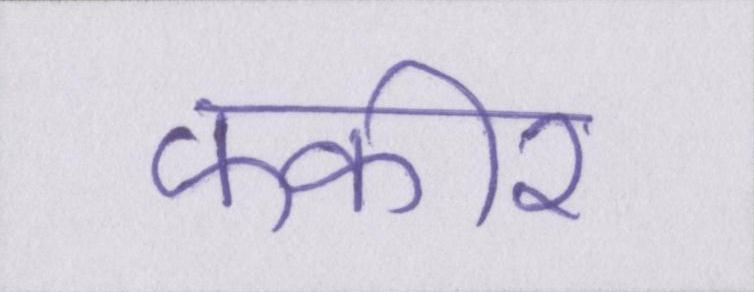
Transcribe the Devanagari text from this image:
फकीर